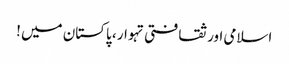
اسلامی اور ثقافتی تہوار ، پاکستان میں !